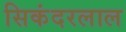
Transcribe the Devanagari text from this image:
सिकंदरलाल